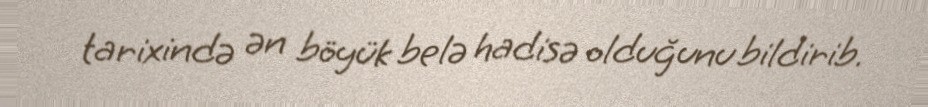
tarixində ən böyük belə hadisə olduğunu bildirib.